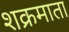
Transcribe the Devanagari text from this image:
शक्रमाता